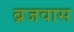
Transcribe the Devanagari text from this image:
ब्रजवास